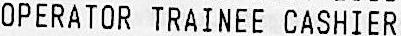
OPERATOR TRAINEE CASHIER